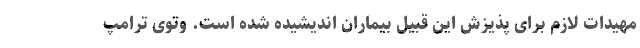
مهیدات لازم برای پذیزش این قبیل بیماران اندیشیده‌ شده است. وتوی ترامپ